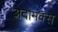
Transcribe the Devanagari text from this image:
अदामक्स